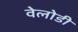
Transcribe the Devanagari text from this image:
वेलोडी